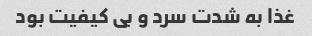
غذا به شدت سرد و بی کیفیت بود